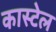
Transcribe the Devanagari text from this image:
कास्टेल